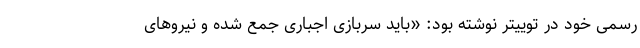
رسمی خود در توییتر نوشته بود: «باید سربازی اجباری جمع شده و نیروهای